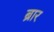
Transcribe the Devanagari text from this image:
ब्रार